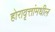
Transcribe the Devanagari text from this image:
होरावृत्तांमधील